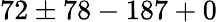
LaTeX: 72\pm 78-187+0